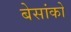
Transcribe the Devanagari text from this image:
बेसांको